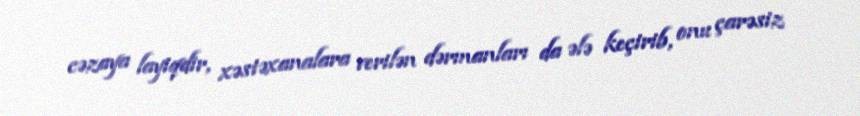
cəzaya layiqdir, xəstəxanalara verilən dərmanları da ələ keçirib, onu çarəsiz